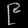
Digit: ၉